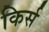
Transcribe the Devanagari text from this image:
किर्स